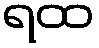
ရထ